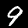
Digit: 9